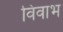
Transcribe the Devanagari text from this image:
विवाभ